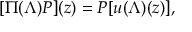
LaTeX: [ \Pi ( \Lambda ) P ] ( z ) = P [ u ( \Lambda ) ( z ) ] ,